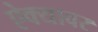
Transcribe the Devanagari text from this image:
ऐक्यावर